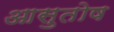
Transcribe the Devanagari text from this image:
आसुतोष